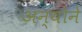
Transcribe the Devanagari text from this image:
अन्योने